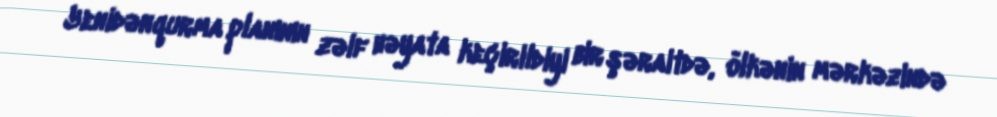
Yenidənqurma planının zəif həyata keçirildiyi bir şəraitdə, ölkənin mərkəzində